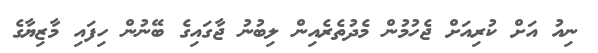
ނިއު އަށް ކުރިއަށް ޖެހުމުން މެދުތެރެއިން ލިބުނު ޖާގައިގެ ބޭނުން ހިފައި މާޒިޔާގެ